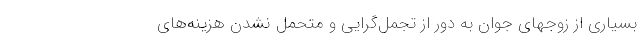
بسیاری از زوجهای جوان به دور از تجمل‌گرایی و متحمل نشدن هزینه‌های